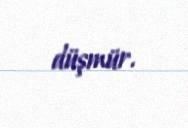
düşmür.